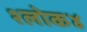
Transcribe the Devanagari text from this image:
श्लोक४